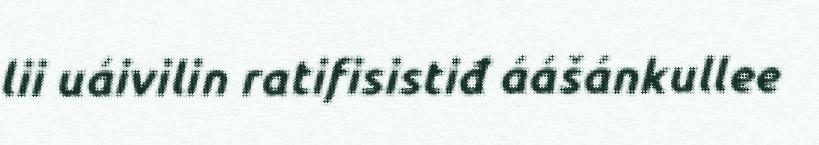
lii uáivilin ratifisistiđ áášánkullee